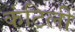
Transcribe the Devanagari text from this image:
कंटिली